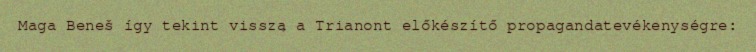
Maga Beneš így tekint vissza a Trianont előkészítő propagandatevékenységre: